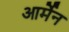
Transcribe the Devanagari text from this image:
आर्मेन